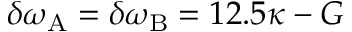
\delta \omega _ { \mathrm { A } } = \delta \omega _ { \mathrm { B } } = 1 2 . 5 \kappa - G